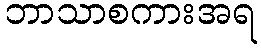
ဘာသာစကားအရ